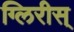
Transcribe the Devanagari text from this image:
ग्लिरीस्